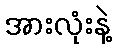
အားလုံးနဲ့